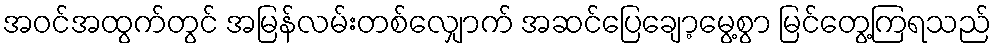
အဝင်အထွက်တွင် အမြန်လမ်းတစ်လျှောက် အဆင်ပြေချော့မွေ့စွာ မြင်တွေ့ကြရသည်